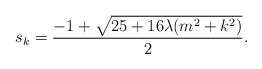
\begin{align*}s_k = \frac{-1 + \sqrt{25 + 16 \lambda (m^2 + k^2)}}{2}.\end{align*}